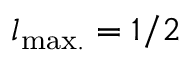
l _ { \mathrm { { m a x . } } } = 1 / 2